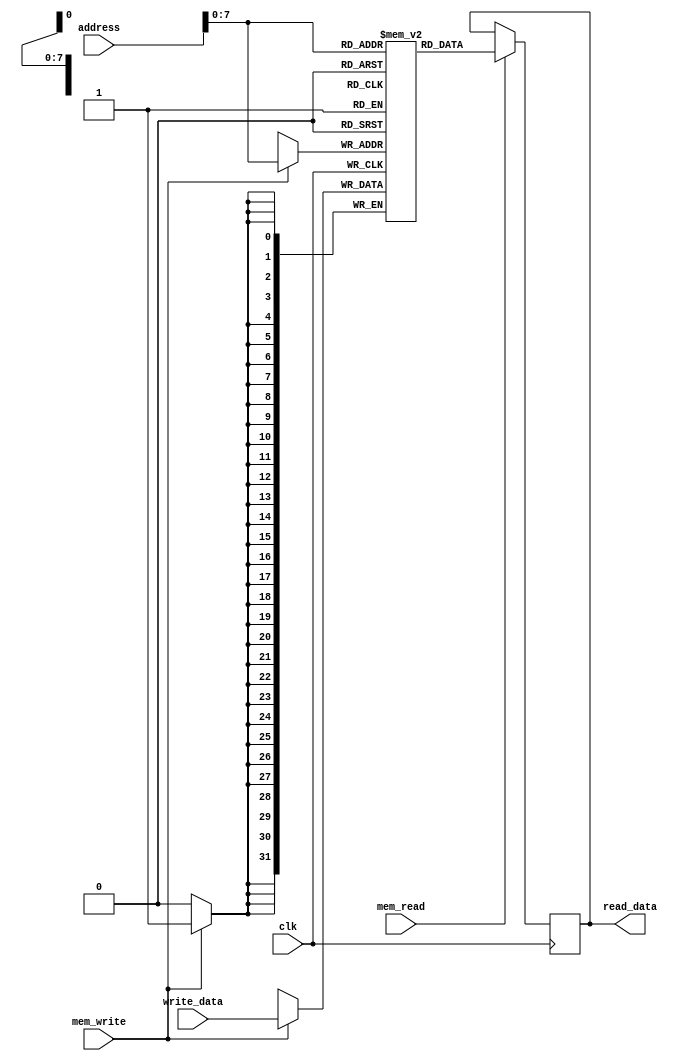
module data_memory (read_data, address, write_data, mem_write, mem_read, clk);
    input [31:0] address, write_data;
    input mem_write, mem_read, clk;
    output reg [31:0] read_data;

    reg [31:0] memory [255:0];

    
    always @(negedge clk) begin
        if(mem_write) begin
            memory[address[7:0]] <= write_data;
        end
    end
	 
	 always @(negedge clk) begin
		if(mem_read) begin
			read_data <= memory[address[7:0]];
		end
	 end
			
endmodule